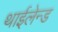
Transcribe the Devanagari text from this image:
थाईलेन्ड